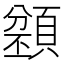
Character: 𩔌